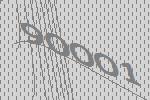
90001